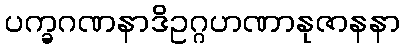
ပက္ခဂဏနာဒိဥဂ္ဂဟဏာနုဇာနနာ